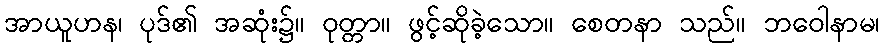
အာယူဟန၊ ပုဒ်၏ အဆုံး၌။ ဝုတ္တာ။ ဖွင့်ဆိုခဲ့သော။ စေတနာ သည်။ ဘဝေါနာမ၊